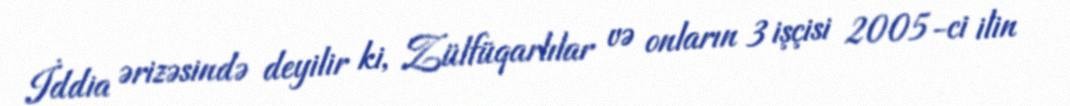
İddia ərizəsində deyilir ki, Zülfüqarlılar və onların 3 işçisi 2005-ci ilin